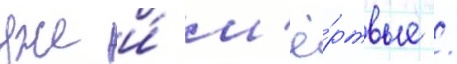
уже и́ м'ё́ртвые /